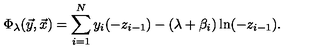
\Phi _ { \lambda } ( { \vec { y } } , { \vec { x } } ) = \sum _ { i = 1 } ^ { N } y _ { i } ( - z _ { i - 1 } ) - ( \lambda + \beta _ { i } ) \ln ( - z _ { i - 1 } ) .